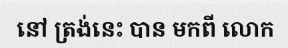
នៅ ត្រង់នេះ បាន មកពី លោក